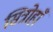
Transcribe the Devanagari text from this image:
सित्रोहाँ